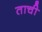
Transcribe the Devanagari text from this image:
ताची